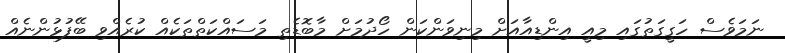
ނަމަވެސް ހަގީގަތުގައި މިއީ އިންޑިއާއަށް މިނިވަންކަން ހޯދުމަށް މާބޮޑެތި މަސައްކަތްތަކެއް ކުރެއްވި ބޭފުޅުންނެއް